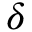
\delta